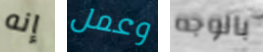
إنه وعمل بالوجه